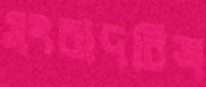
সংবাদচিত্র